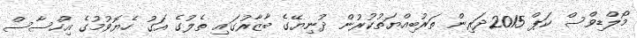
މޯލްޑިވްސް ކަޕް 2015ދަރިން ތަރުބިއްޔަތުކުރުން ދުނިޔޭގެ ބާޒާރުގައި ތެލުގެ އަގު ހެޔޮވުމުގެ އިހްސާސް